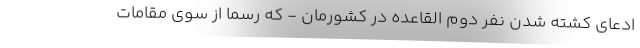
ادعای کشته شدن نفر دوم القاعده در کشورمان - که رسما از سوی مقامات